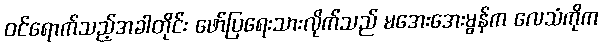
ဝင်ရောက်သည့်အခါတိုင်း ဖော်ပြရေးသားလိုက်သည် မအေးအေးမွန်က လေသံကိုက